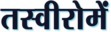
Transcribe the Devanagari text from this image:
तस्वीरोमें